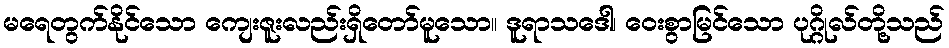
မရေတွက်နိုင်သော ကျေးဇူးလည်းရှိတော်မူသော။ ဒူရာသဒေါ၊ ဝေးစွာမြင်သော ပုဂ္ဂိုလ်တို့သည်